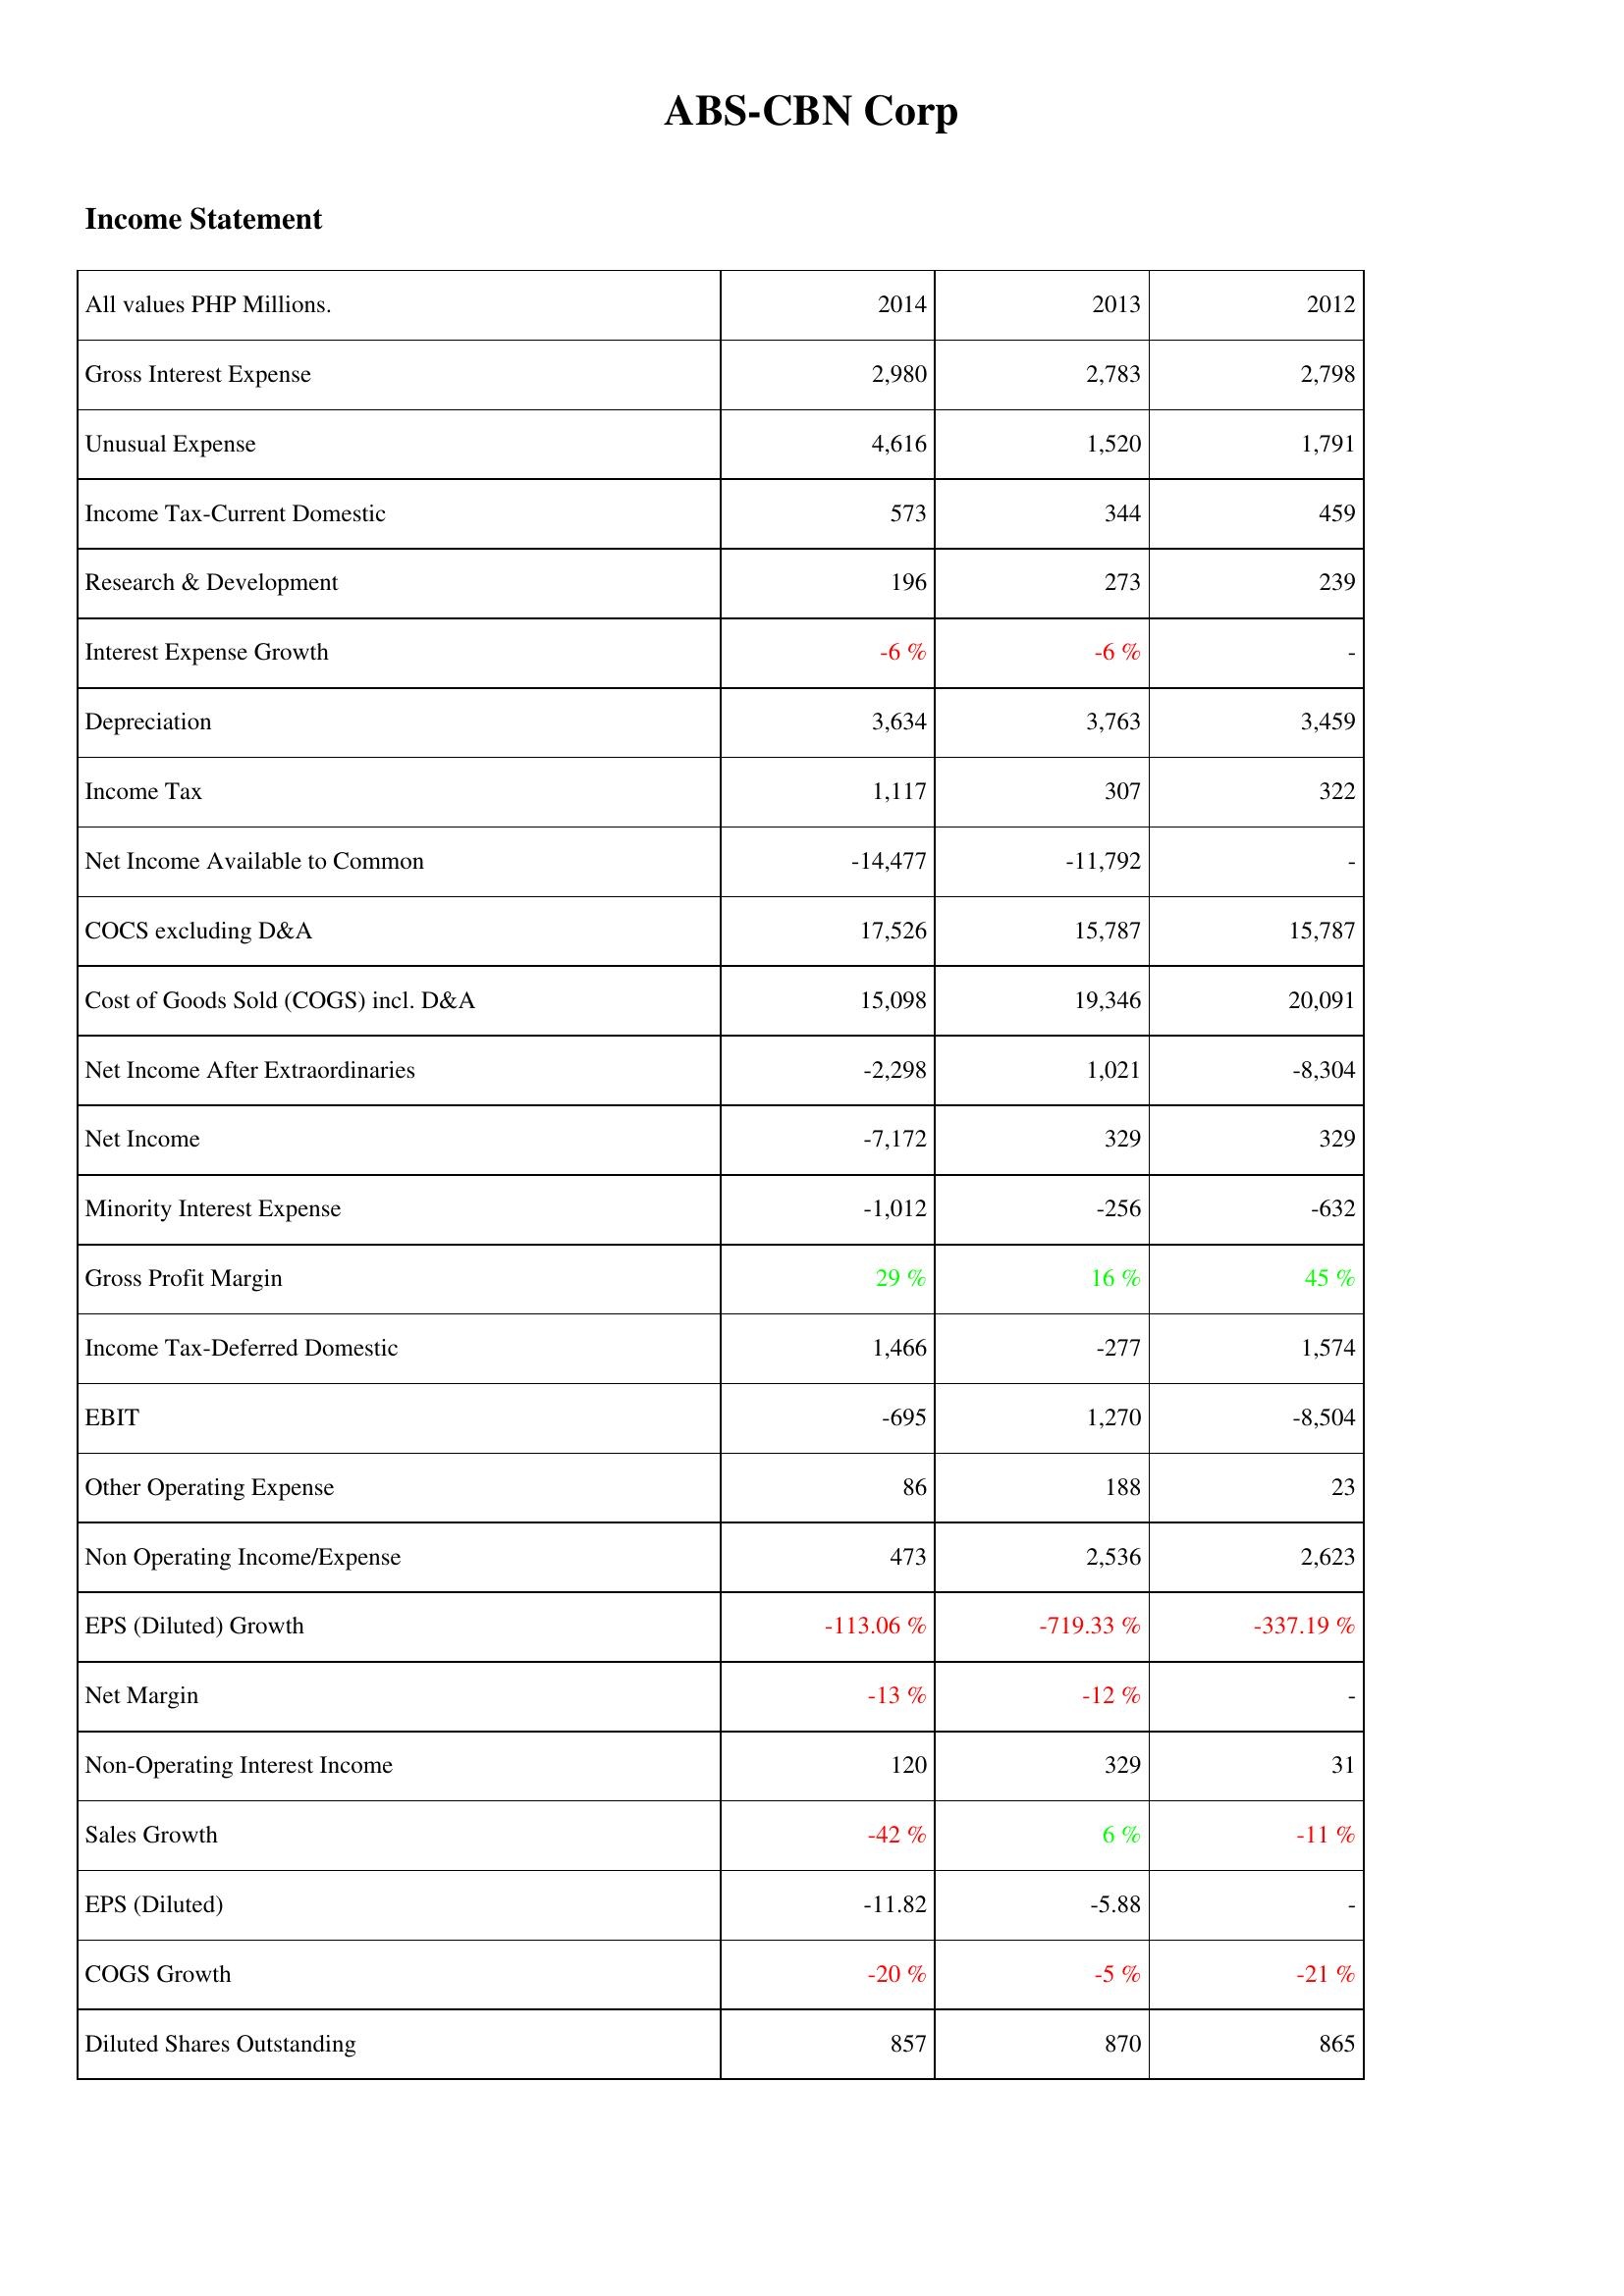
2014: Income Statement: Gross Interest Expense: 2,980
Unusual Expense: 4,616
Income Tax-Current Domestic: 573
Research & Development: 196
Interest Expense Growth: -6 %
Depreciation: 3,634
Income Tax: 1,117
Net Income Available to Common: -14,477
COCS excluding D&A: 17,526
Cost of Goods Sold (COGS) incl. D&A: 15,098
Net Income After Extraordinaries: -2,298
Net Income: -7,172
Minority Interest Expense: -1,012
Gross Profit Margin: 29 %
Income Tax-Deferred Domestic: 1,466
EBIT: -695
Other Operating Expense: 86
Non Operating Income/Expense: 473
EPS (Diluted) Growth: -113.06 %
Net Margin: -13 %
Non-Operating Interest Income: 120
Sales Growth: -42 %
EPS (Diluted): -11.82
COGS Growth: -20 %
Diluted Shares Outstanding: 857
2013: Income Statement: Gross Interest Expense: 2,783
Unusual Expense: 1,520
Income Tax-Current Domestic: 344
Research & Development: 273
Interest Expense Growth: -6 %
Depreciation: 3,763
Income Tax: 307
Net Income Available to Common: -11,792
COCS excluding D&A: 15,787
Cost of Goods Sold (COGS) incl. D&A: 19,346
Net Income After Extraordinaries: 1,021
Net Income: 329
Minority Interest Expense: -256
Gross Profit Margin: 16 %
Income Tax-Deferred Domestic: -277
EBIT: 1,270
Other Operating Expense: 188
Non Operating Income/Expense: 2,536
EPS (Diluted) Growth: -719.33 %
Net Margin: -12 %
Non-Operating Interest Income: 329
Sales Growth: 6 %
EPS (Diluted): -5.88
COGS Growth: -5 %
Diluted Shares Outstanding: 870
2012: Income Statement: Gross Interest Expense: 2,798
Unusual Expense: 1,791
Income Tax-Current Domestic: 459
Research & Development: 239
Interest Expense Growth: -
Depreciation: 3,459
Income Tax: 322
Net Income Available to Common: -
COCS excluding D&A: 15,787
Cost of Goods Sold (COGS) incl. D&A: 20,091
Net Income After Extraordinaries: -8,304
Net Income: 329
Minority Interest Expense: -632
Gross Profit Margin: 45 %
Income Tax-Deferred Domestic: 1,574
EBIT: -8,504
Other Operating Expense: 23
Non Operating Income/Expense: 2,623
EPS (Diluted) Growth: -337.19 %
Net Margin: -
Non-Operating Interest Income: 31
Sales Growth: -11 %
EPS (Diluted): -
COGS Growth: -21 %
Diluted Shares Outstanding: 865